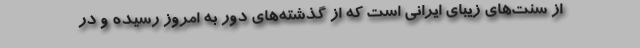
از سنت‌های زیبای ایرانی است که از گذشته‌های دور به امروز رسیده و در